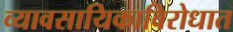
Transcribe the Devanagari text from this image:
व्यावसायिकाविरोधात